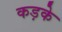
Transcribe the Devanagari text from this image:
कड़के